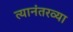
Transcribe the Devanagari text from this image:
त्यानंतरव्या